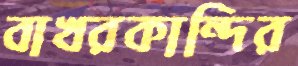
বাখরকান্দির